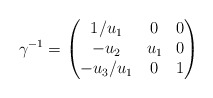
\begin{align*}\gamma^{-1}=\begin{pmatrix}1/u_1 &0 &0 \\-u_2 & u_1 & 0\\-u_3/u_1 & 0 &1\end{pmatrix}\end{align*}